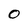
Character: O